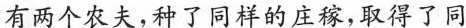
有两个农夫，种了同样的庄稼，取得了同